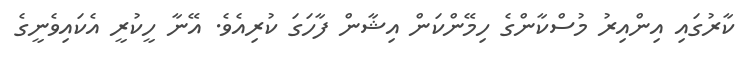
ކާރުގައި އިންއިރު މުސްކާންގެ ހިމޭންކަން އިޝާން ފާހަގަ ކުރިއެވެ. އޭނާ ހީކުރީ އެކައިވެނީގެ